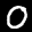
Label: 0